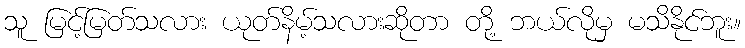
သူ မြင့်မြတ်သလား ယုတ်နိမ့်သလားဆိုတာ တို့ ဘယ်လိုမှ မသိနိုင်ဘူး။